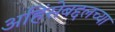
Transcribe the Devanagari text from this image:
अहिंसेबद्दलच्या